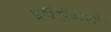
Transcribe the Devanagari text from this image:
इस्चुअरी